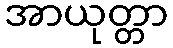
အာယုတ္တာ